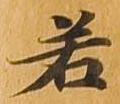
若